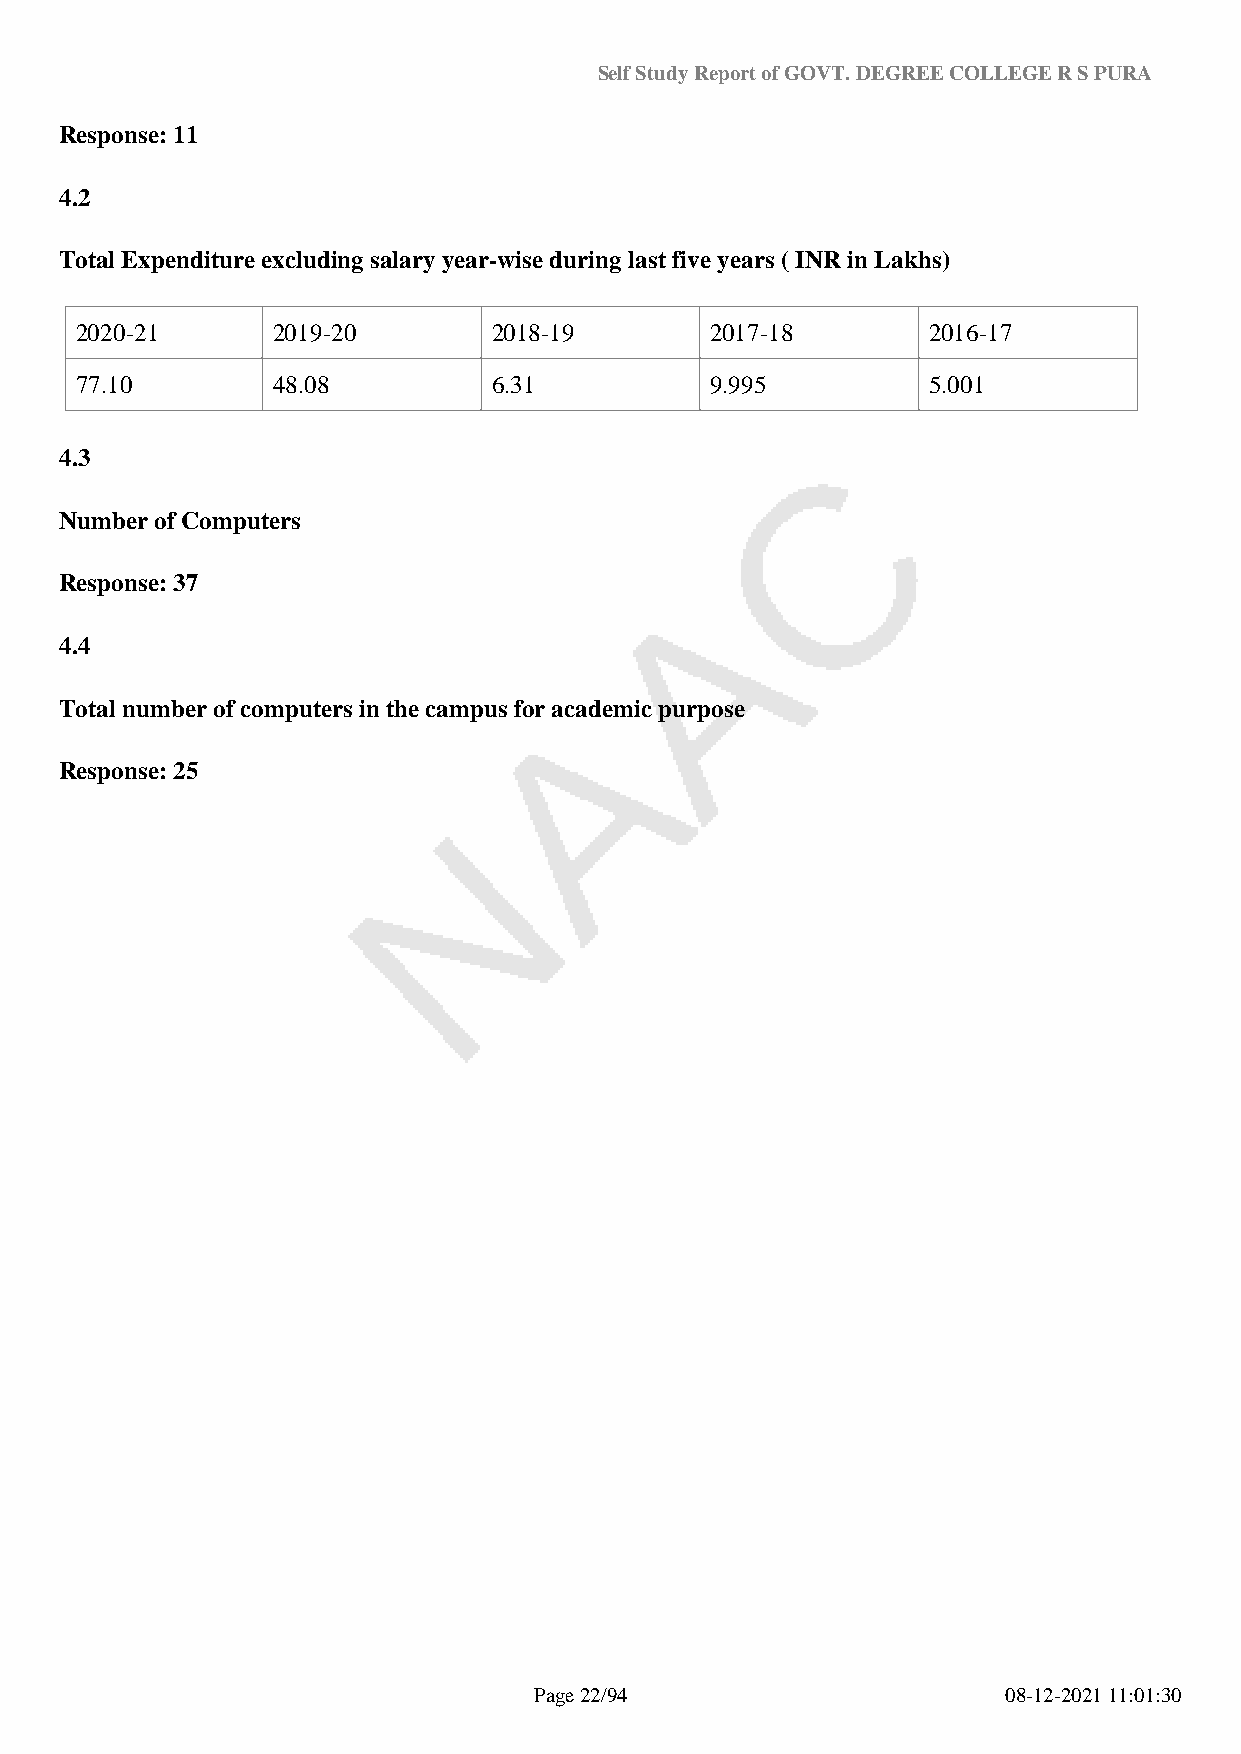
Self Study Report of GOVT. DEGREE COLLEGE R S PURA
 Response: 11
 4.2
 Total Expenditure excluding salary year-wise during last five years ( INR in Lakhs)
 2020-21      2019-20        2018-19       2017-18       2016-17
 77.10        48.08          6.31          9.995         5.001
 4.3
 Number of Computers
 Response: 37
 4.4
 Total number of computers in the campus for academic purpose
 Response: 25
 Page 22/94                      08-12-2021 11:01:30